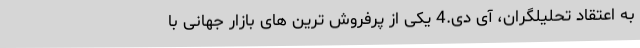
به اعتقاد تحلیلگران، آی دی.4 یکی از پرفروش ترین های بازار جهانی با